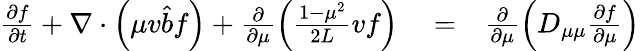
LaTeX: \begin{array}{rlr}{\frac{\partial f}{\partial t}+\nabla\cdot\left(\mu v\hat{b}f\right)+\frac{\partial}{\partial\mu}\left(\frac{1-\mu^{2}}{2L}vf\right)}&{{}=}&{\frac{\partial}{\partial\mu}\left(D_{\mu\mu}\frac{\partial f}{\partial\mu}\right)}\end{array}